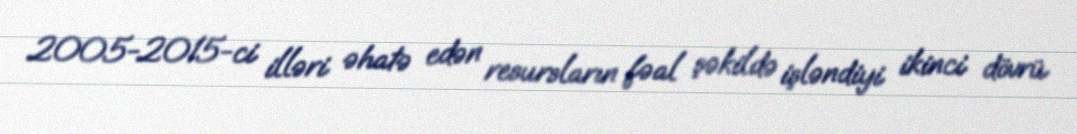
2005-2015-ci illəri əhatə edən resursların fəal şəkildə işləndiyi ikinci dövrü